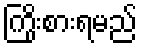
ကြိုးစားရမည်